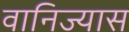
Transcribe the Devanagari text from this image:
वानिज्यास